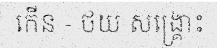
កើន - ថយ សង្គ្រោះ